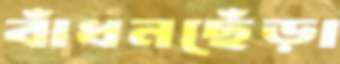
বাঁধনছেঁড়া